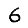
Digit: 6